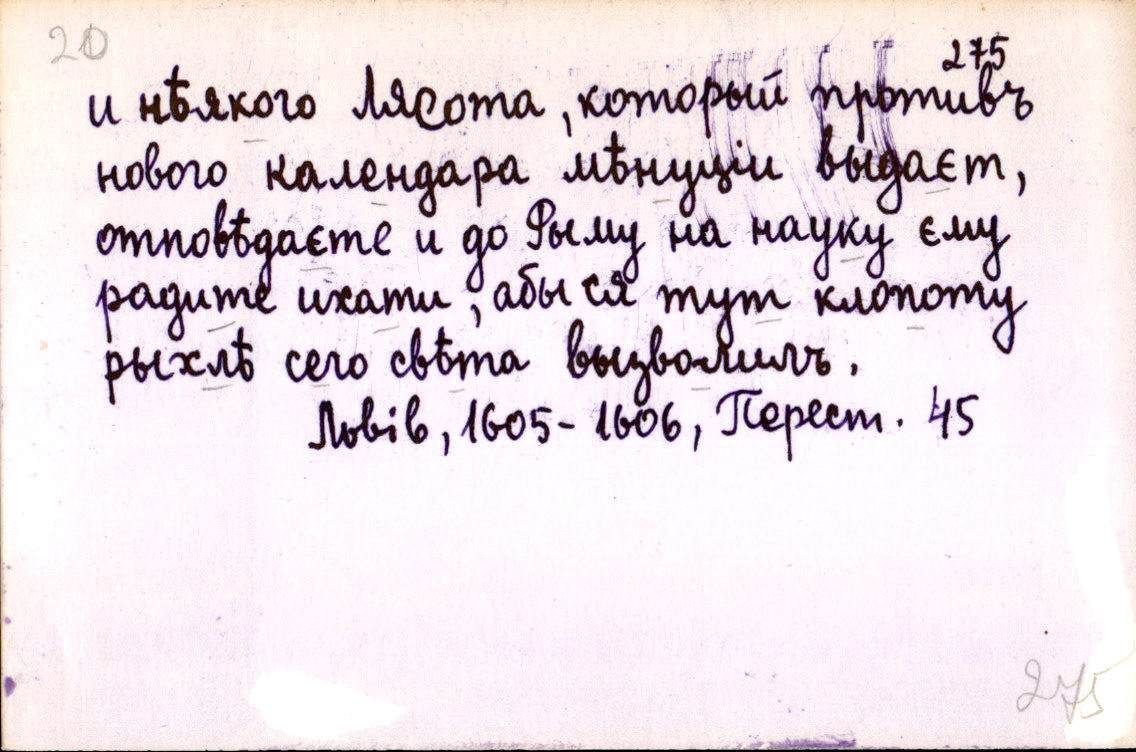
и нѣякого Лясота, который противъ
нового календара мѣнуціи выдаєт,
отповѣдаєте и до Рыму на науку єму
радите ихати, абы ся тут клопоту
рыхлѣ сего свѣта вызволилъ.
Львів, 1605-1606, Перест. 45